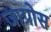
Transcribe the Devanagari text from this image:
जाग्रोस